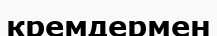
кремдермен